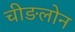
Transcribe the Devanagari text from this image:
चीङलोन